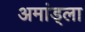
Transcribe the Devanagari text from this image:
अमांड्ला